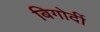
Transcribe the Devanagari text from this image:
बिगोर्दी